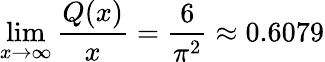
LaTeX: \operatorname*{lim}_{x\to\infty}{\frac{Q(x)}{x}}={\frac{6}{\pi^{2}}}\approx 0.6079